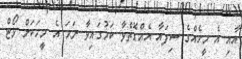
އާއި އެ މީހެއްގެ ސިފައާ އެއްގޮތްވާ ކަމުގައިވާ ނަމަ އެ މީހަކަށް ވޯޓް